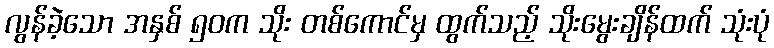
လွန်ခဲ့သော အနှစ် ၅၀က သိုး တစ်ကောင်မှ ထွက်သည့် သိုးမွေးချိန်ထက် သုံးပုံ